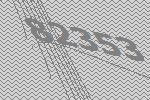
82353